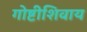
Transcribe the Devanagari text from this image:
गोष्टीशिवाय